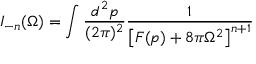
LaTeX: I _ { - n } ( \Omega ) = \int \frac { d ^ { 2 } p } { ( 2 \pi ) ^ { 2 } } \frac { 1 } { \left[ F ( p ) + 8 \pi \Omega ^ { 2 } \right] ^ { n + 1 } }